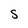
Character: S